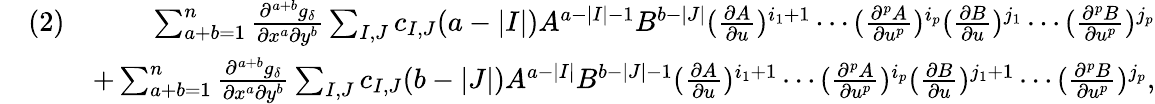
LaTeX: \begin{array}{rlr}&{(2)}&{\sum_{a+b=1}^{n}\frac{\partial^{a+b}g_{\delta}}{\partial x^{a}\partial y^{b}}\sum_{I,J}c_{I,J}(a-|I|)A^{a-|I|-1}B^{b-|J|}(\frac{\partial A}{\partial u})^{i_{1}+1}\cdots(\frac{\partial^{p}A}{\partial u^{p}})^{i_{p}}(\frac{\partial B}{\partial u})^{j_{1}}\cdots(\frac{\partial^{p}B}{\partial u^{p}})^{j_{p}}}\\ &{}&{+\sum_{a+b=1}^{n}\frac{\partial^{a+b}g_{\delta}}{\partial x^{a}\partial y^{b}}\sum_{I,J}c_{I,J}(b-|J|)A^{a-|I|}B^{b-|J|-1}(\frac{\partial A}{\partial u})^{i_{1}+1}\cdots(\frac{\partial^{p}A}{\partial u^{p}})^{i_{p}}(\frac{\partial B}{\partial u})^{j_{1}+1}\cdots(\frac{\partial^{p}B}{\partial u^{p}})^{j_{p}},}\end{array}